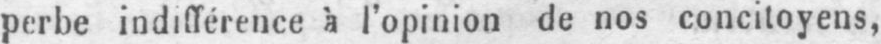
perbe indifférence à l’opinion de nos concitoyens,